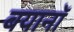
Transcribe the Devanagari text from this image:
बयानॉ